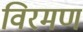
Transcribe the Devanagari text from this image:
विरमण